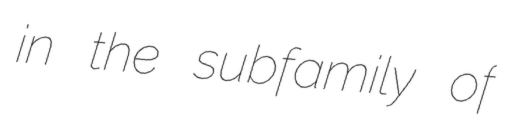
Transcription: in the subfamily of